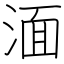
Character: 湎